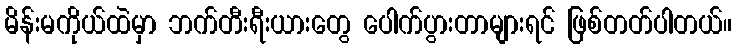
မိန်းမကိုယ်ထဲမှာ ဘက်တီးရီးယားတွေ ပေါက်ပွားတာများရင် ဖြစ်တတ်ပါတယ်။